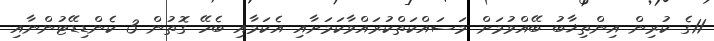
11ގެ ކުރިން އިންތިޚާބު ބޭއްވުމަށް މަސައްކަތްކުރައްވާކަމަށާއި އެކަމާއި ބެހޭ ގޮތުން 3 ކެންޑިޑޭޓުންނާއި